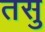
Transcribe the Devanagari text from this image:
तसु